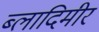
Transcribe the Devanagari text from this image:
ब्लादिमीर